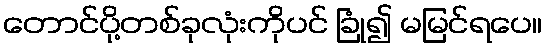
တောင်ပို့တစ်ခုလုံးကိုပင် ခြုံ၍ မမြင်ရပေ။